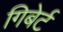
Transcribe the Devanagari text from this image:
गिबेर्ट